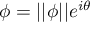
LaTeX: \phi = | | \phi | | e ^ { i \theta }